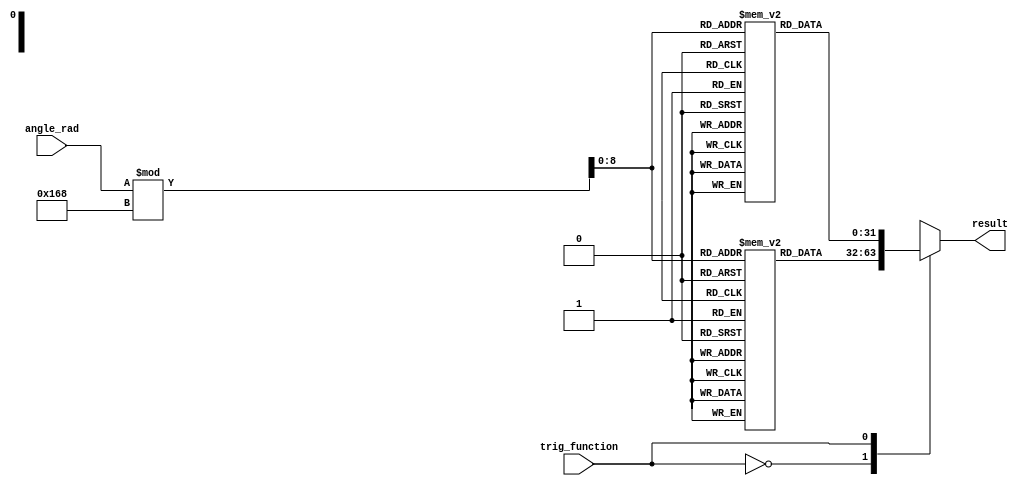
module TrigonometricALU(
    input trig_function, // 0: sine, 1: cosine, 2: tangent
    input [31:0] angle_rad,
    output reg [31:0] result
);

reg [31:0] sine_table [0:359]; 
reg [31:0] cosine_table [0:359]; 
reg [31:0] tangent_table [0:359]; 

always @* begin
    case (trig_function)
        0: result = sine_table[angle_rad % 360];
        1: result = cosine_table[angle_rad % 360];
        2: result = tangent_table[angle_rad % 360];
        default: result = 0;
    endcase
end

// Additional logic for handling special cases

endmodule